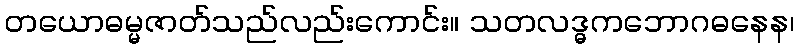
တယောဓမ္မဇာတ်သည်လည်းကောင်း။ သတလဒ္ဓကဘောဂဓနေန၊